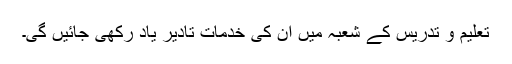
تعلیم و تدریس کے شعبہ میں ان کی خدمات تادیر یاد رکھی جائیں گی۔